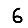
Digit: 6